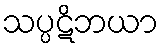
သပ္ပဋိဘယာ